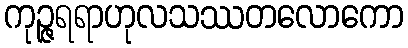
ကုဉ္ဇရရာဟုလသဿတလောကော